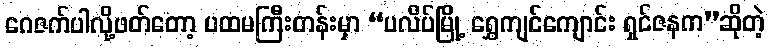
ဂေဇက်ပါလို့ဖတ်တော့ ပထမကြီးတန်းမှာ “ပလိပ်မြို့ ရွှေကျင်ကျောင်း ရှင်ဇနက”ဆိုတဲ့